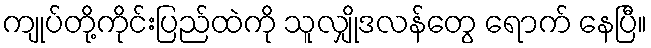
ကျုပ်တို့ကိုင်းပြည်ထဲကို သူလျှိုဒလန်တွေ ရောက် နေပြီ။